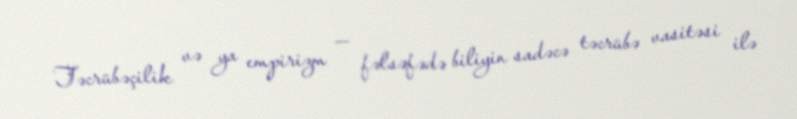
Təcrübəçilik və ya empirizm — fəlsəfədə biliyin sadəcə təcrübə vasitəsi ilə